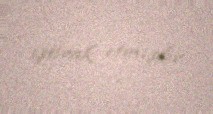
iştirak etmişdir.